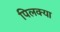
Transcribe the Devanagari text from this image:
पिलक्या